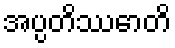
အပ္ပတိဿောတိ